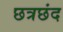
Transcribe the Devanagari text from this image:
छत्रछंद